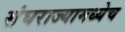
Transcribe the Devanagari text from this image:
संघराज्यामध्येच